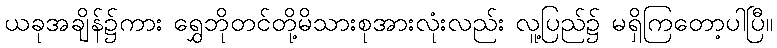
ယခုအချိန်၌ကား ရွှေဘိုတင်တို့မိသားစုအားလုံးလည်း လူ့ပြည်၌ မရှိကြတော့ပါပြီ။